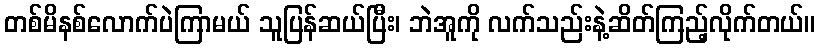
တစ်မိနစ်လောက်ပဲကြာမယ် သူပြန်ဆယ်ပြီး၊ ဘဲအူကို လက်သည်းနဲ့ဆိတ်ကြည့်လိုက်တယ်။